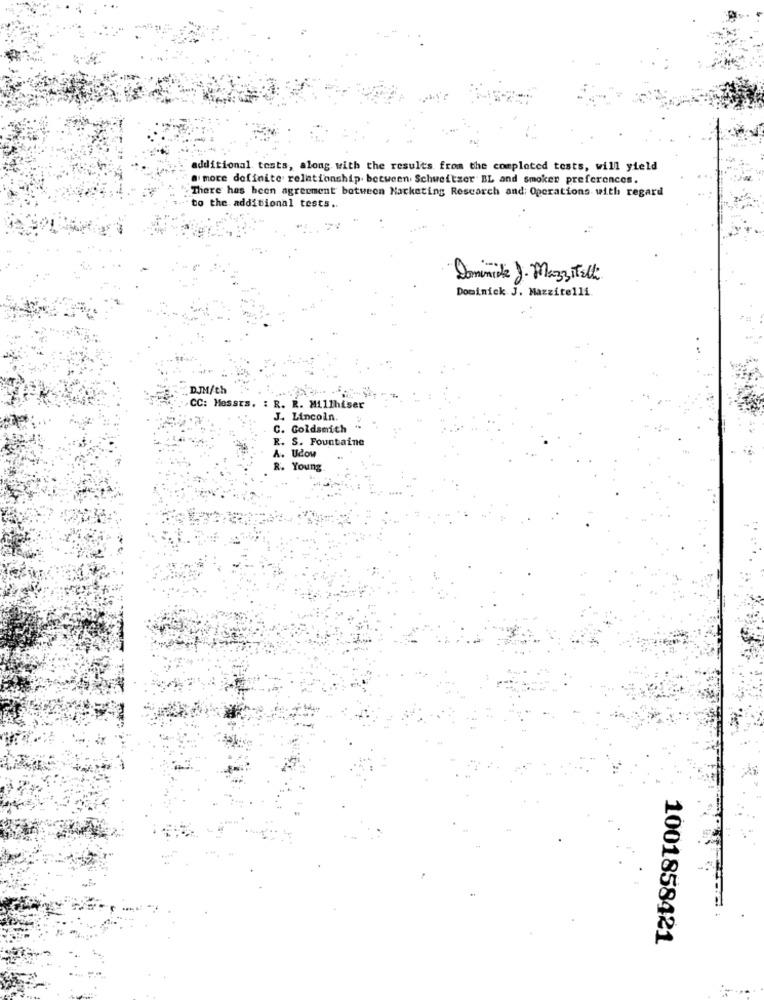
additional tests, along with the results from the completed tests, will yield
a more definite relationship between Schweitzer BL and Smoker preferences.
There has been agreement between Marketing Research and: Operations with regard
to the additional tests ..
Dominide J. Mazzitelli
Dominick J. Mazzitelli.
DJM/th
CC: Messts. : R. R. Millhiser
J. Lincoln.
C. Goldsmith
R. S. Fountaine
A. Udow
R. Young
1001858421